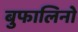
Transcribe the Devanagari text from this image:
बुफालिनो